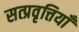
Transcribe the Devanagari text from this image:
सत्प्रवृत्तियाँ